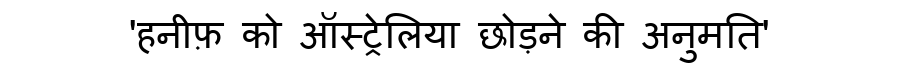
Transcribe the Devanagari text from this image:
'हनीफ़ को ऑस्ट्रेलिया छोड़ने की अनुमति'